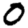
Digit: 0